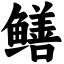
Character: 鳝